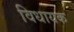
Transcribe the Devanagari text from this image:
विधायक